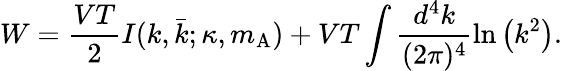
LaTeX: W=\frac{VT}{2}I(k,\bar{k};\kappa,m_{\mathrm{A}})+VT\int\frac{d^{4}k}{(2\pi)^{4}}\ln\left(k^{2}\right).